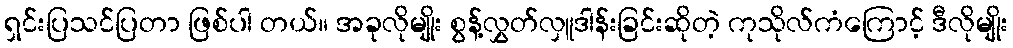
ရှင်းပြသင်ပြတာ ဖြစ်ပါ တယ်။ အခုလိုမျိုး စွန့်လွှတ်လှူဒါန်းခြင်းဆိုတဲ့ ကုသိုလ်ကံကြောင့် ဒီလိုမျိုး